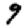
Digit: 9